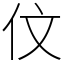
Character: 伩